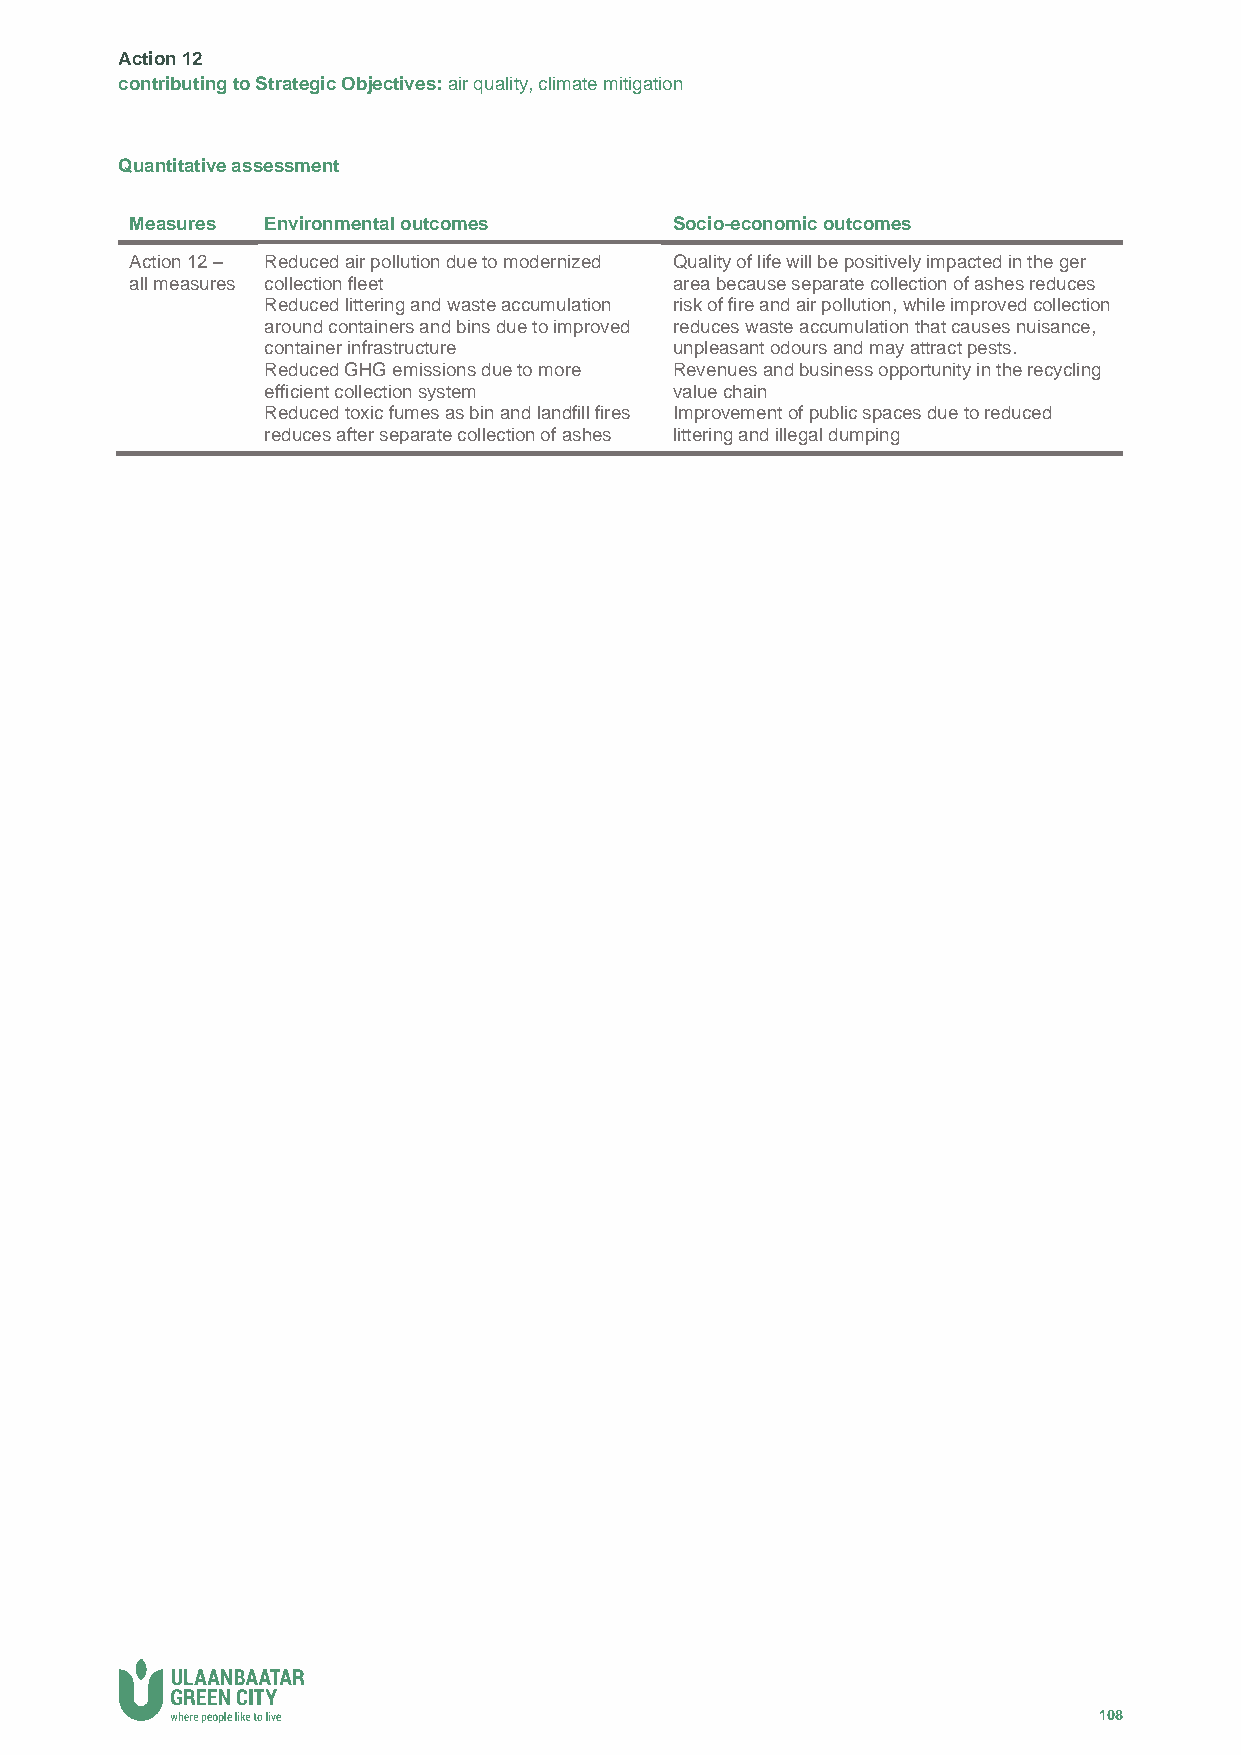
Action 12
 contributing to Strategic Objectives: air quality, climate mitigation
 Quantitative assessment
 Measures Environmental outcomes     Socio-economic outcomes
 Action 12 – Reduced air pollution due to modernized Quality of life will be positively impacted in the ger
 all measures collection fleet       area because separate collection of ashes reduces
 Reduced littering and waste accumulation risk of fire and air pollution, while improved collection
 around containers and bins due to improved reduces waste accumulation that causes nuisance,
 container infrastructure    unpleasant odours and may attract pests.
 Reduced GHG emissions due to more Revenues and business opportunity in the recycling
 efficient collection system value chain
 Reduced toxic fumes as bin and landfill fires Improvement of public spaces due to reduced
 reduces after separate collection of ashes littering and illegal dumping
 108